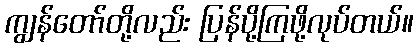
ကျွန်တော်တို့လည်း ပြန်ပို့ကြဖို့လုပ်တယ်။